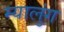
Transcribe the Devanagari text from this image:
म्यालुंग